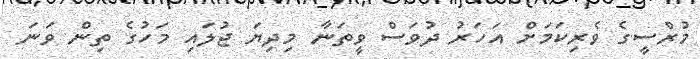
މުރްސީގެ ވެރިކަމަށް އަހަރު ދުވަސް ވީތަނާ މިދިޔަ ޖުލައި މަހުގެ ތިން ވަނަ